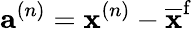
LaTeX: \mathbf{a}^{(n)}=\mathbf{x}^{(n)}-\overline{{\mathbf{x}}}^{\mathrm{{f}}}